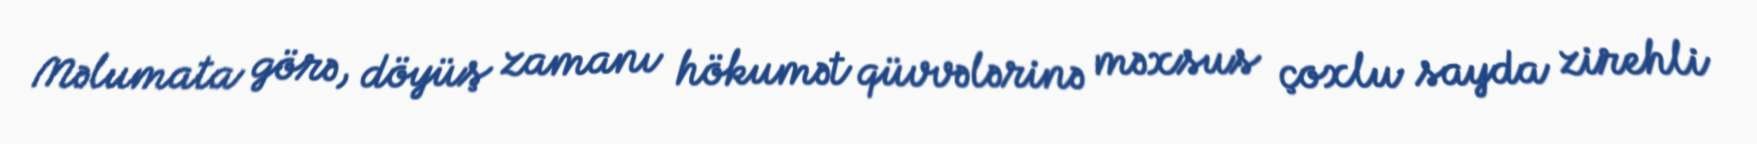
Məlumata görə, döyüş zamanı hökumət qüvvələrinə məxsus çoxlu sayda zirehli